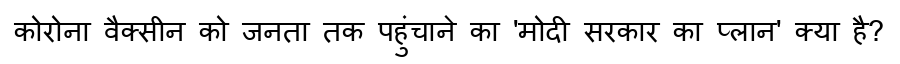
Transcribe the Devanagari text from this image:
कोरोना वैक्सीन को जनता तक पहुंचाने का 'मोदी सरकार का प्लान' क्या है?